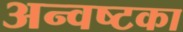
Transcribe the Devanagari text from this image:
अन्वष्टका